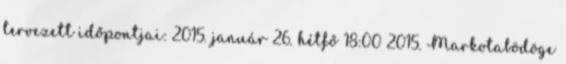
tervezett időpontjai: 2015. január 26. hétfő 18:00 2015. Markotabödöge